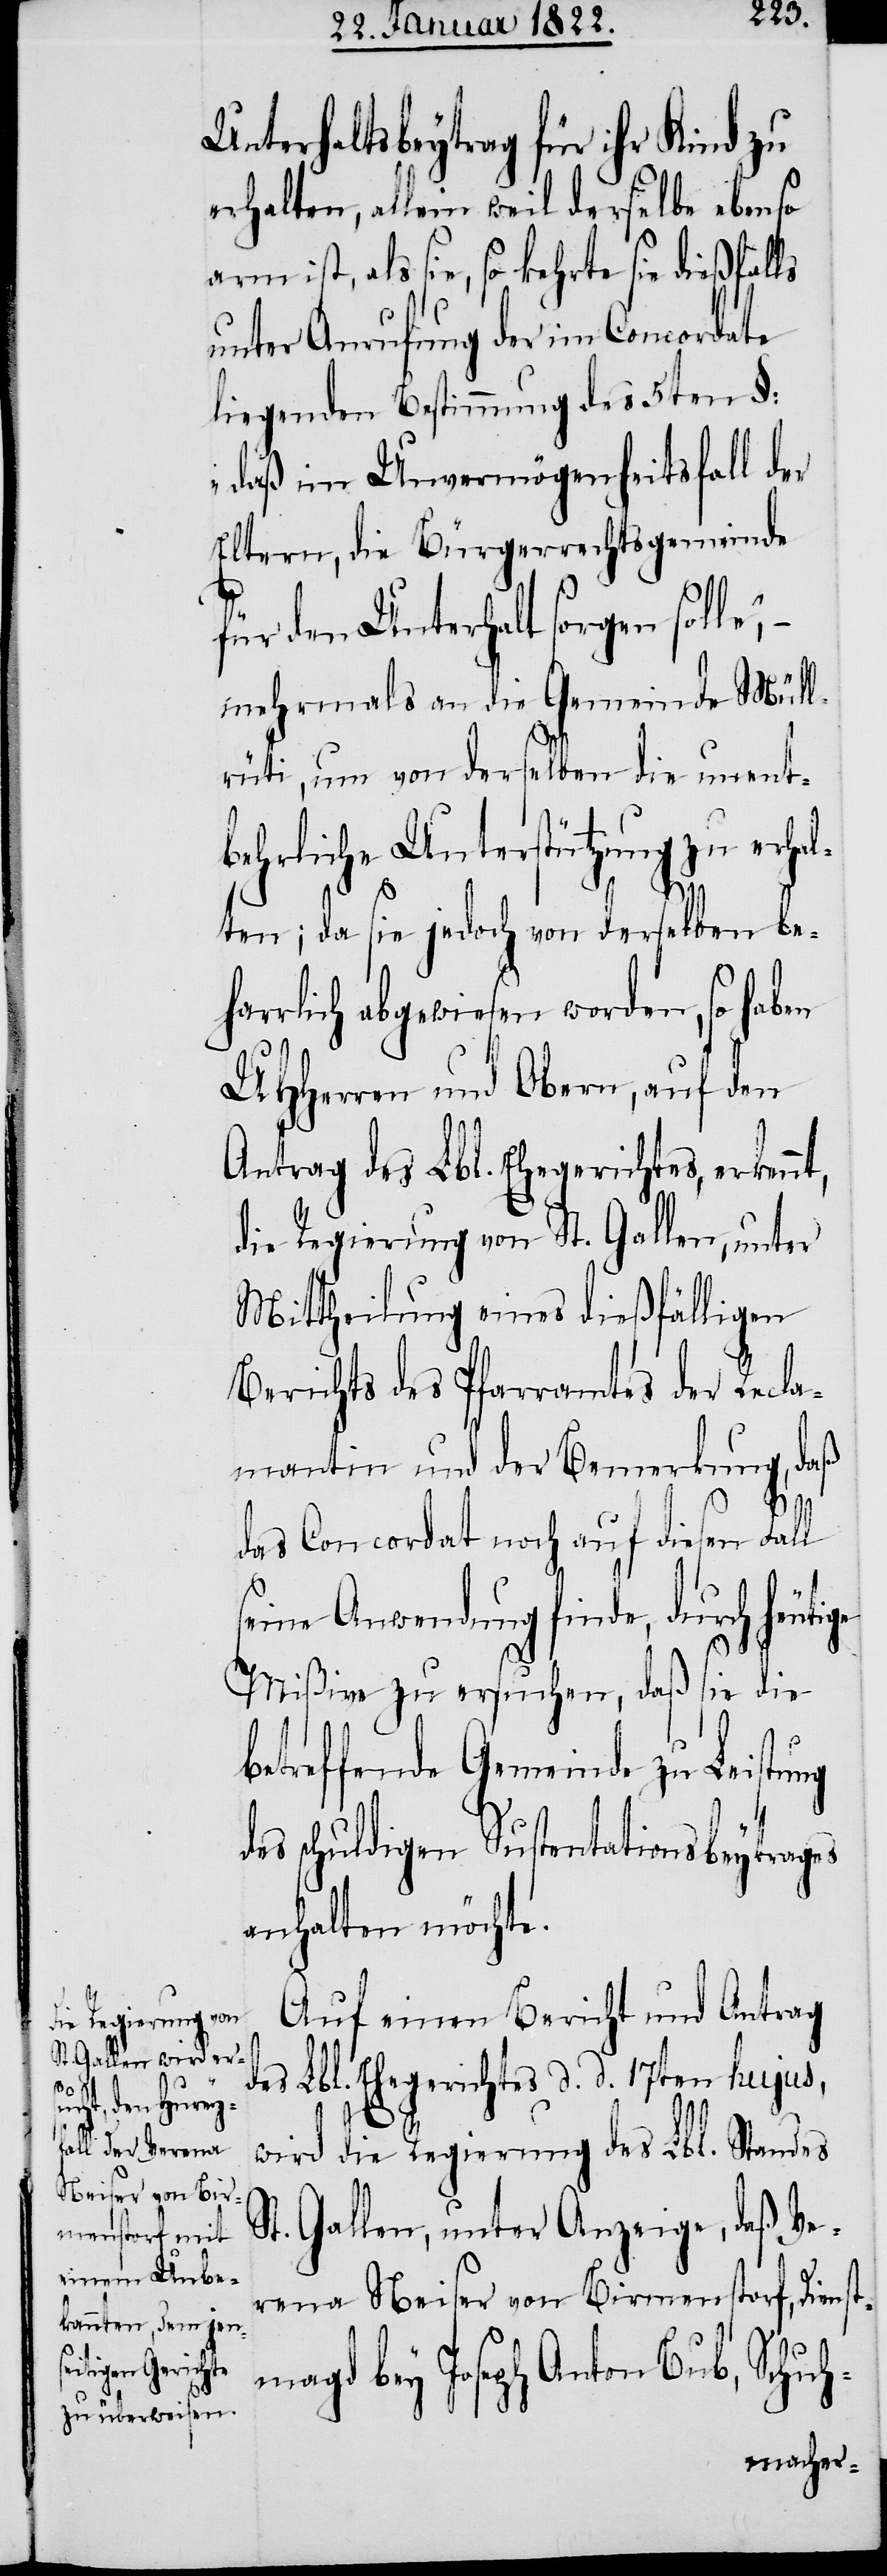
Unterhaltsbeytrag für ihr Kind zu
erhalten, allein weil derselbe ebenso
arm ist, als sie, so kehrte sie dießfalls
unter Anrufung der im Concordate
liegenden Bestimmung des 5ten §:
„das im Unvermögenheitsfall der
Eltern, die Bürgerrechtsgemeinde
für den Unterhalt sorgen solle“,
mehrmals an die Gemeinde Müll¬
rüti, um von derselben die unent¬
behrliche Unterstützung zu erhal¬
t,
ng
ten; da sie jedoch von derselben be¬
harrlich abgewiesen worden, so haben
UHHerren und Obern, auf den
Antrag des Lbl. Ehegerichtes, erkenn¬
die Regierung von St. Gallen, unter
Mittheilung eines dießfälligen
Berichts des Pfarramtes der Recla¬
mantin und der Bemerkung, daß
das Concordat noch auf diesen Fall
seine Anwendung finde, durch heuti¬
Mißive zu ersuchen, daß sie die
etreffende Gemeinde zu Leistu¬
des schuldigen Sustentationsbeytrages
anhalten möchte.
Auf einen Bericht und Antrag
des Lbl. Ehegerichtes d. d. 17ten hujus,
wird die Regierung des Lbl. Standes
St. Gallen, unter Anzeige, daß Ve¬
rena Neiser von Birmenstorf, Diens¬
tmagd bey Joseph Anton Bub, Schuh-